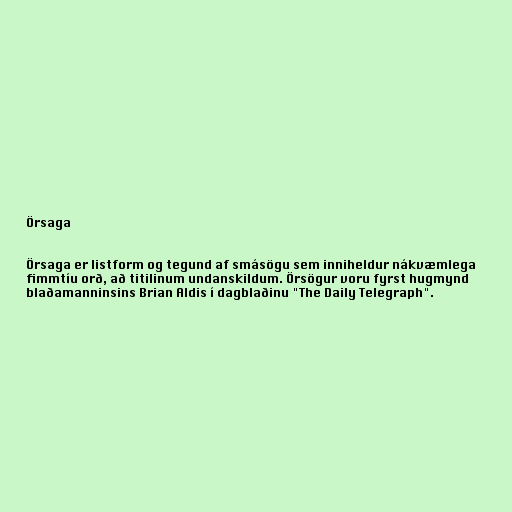
Örsaga

Örsaga er listform og tegund af smásögu sem inniheldur nákvæmlega
fimmtíu orð, að titilinum undanskildum. Örsögur voru fyrst hugmynd
blaðamanninsins Brian Aldis í dagblaðinu "The Daily Telegraph".